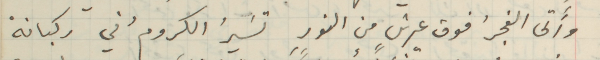
وأَتى الفجرُ فوق عرشٍ من النور تسَيرُ الكرومُ في ركبانهْ